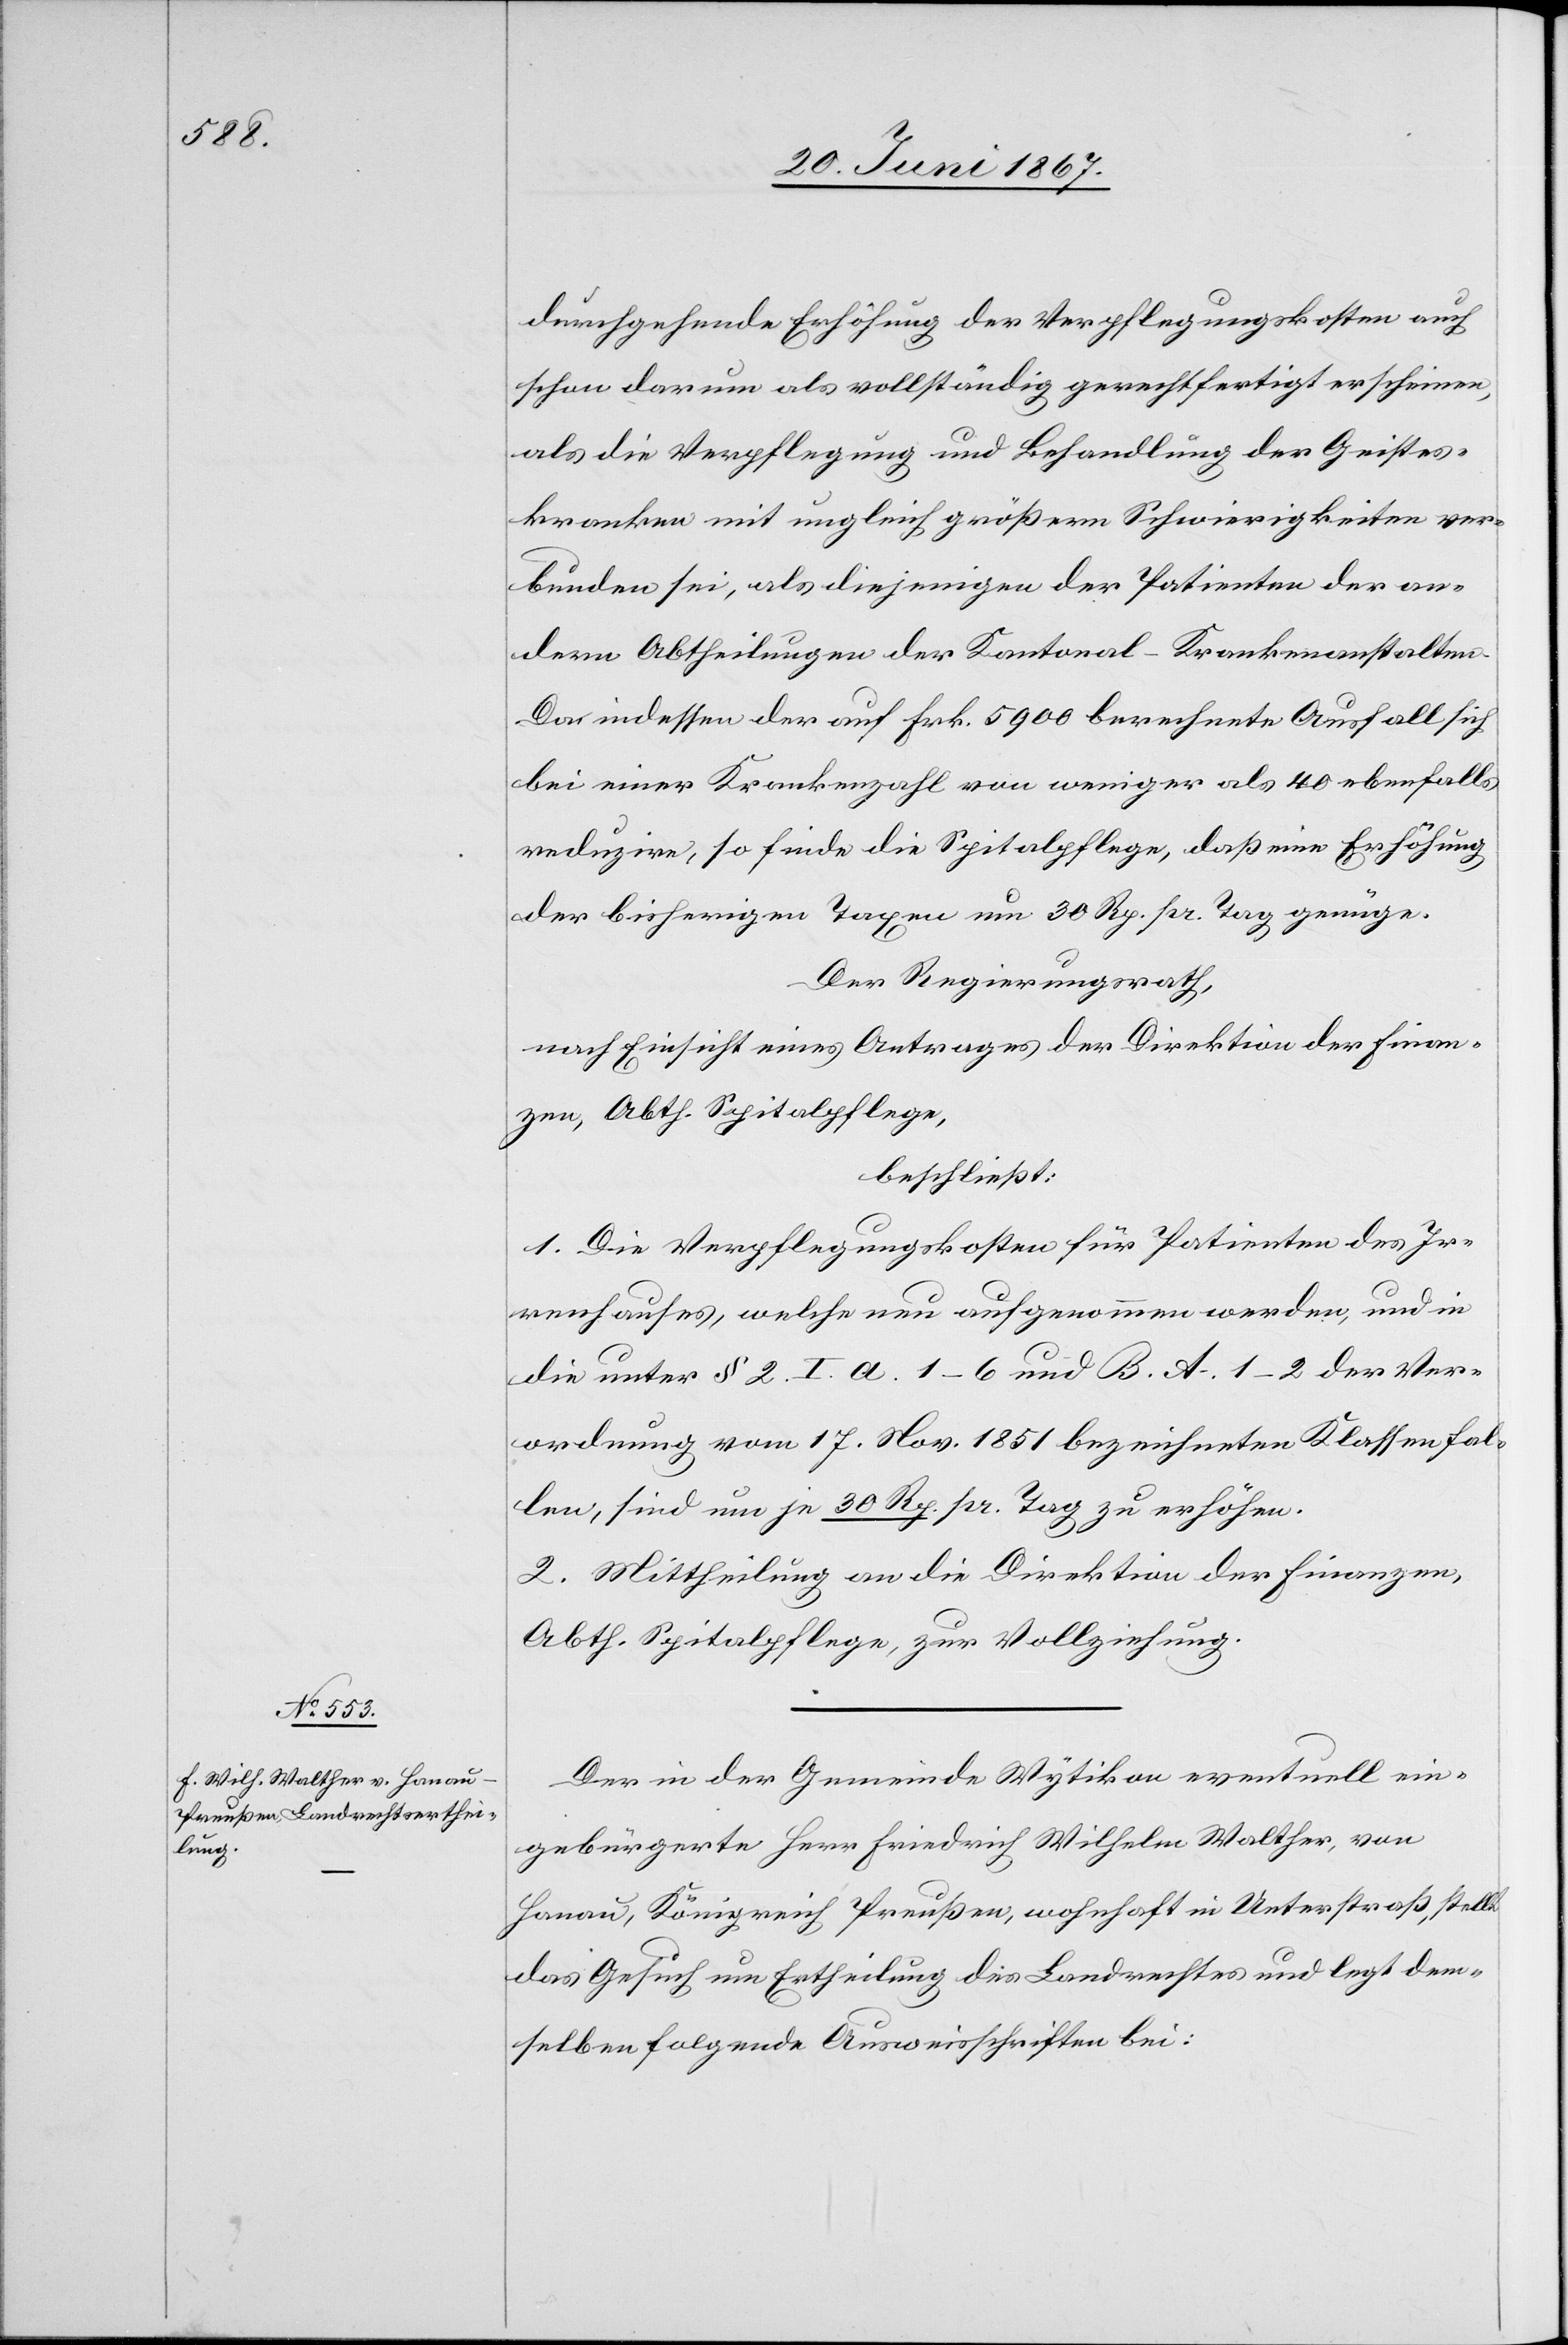
durchgehende Erhöhung der Verpflegungskosten auch
schon darum als vollständig gerechtfertigt erscheinen,
als die Verpflegung und Behandlung der Geistes¬
kranken mit ungleich größern Schwierigkeiten ver¬
bunden sei, als diejenigen der Patienten der an¬
dern Abtheilungen der Kantonal-Krankenanstalten.
Da indessen der auf Frk. 5900 berechnete Ausfall sich
bei einer Krankenzahl von weniger als 40 ebenfalls
reduzire, so finde die Spitalpflege, daß eine Erhöhung
der bisherigen Taxen um 30 Rp. pr. Tag genüge.
Der Regierungsrath,
nach Einsicht eines Antrages der Direktion der Finan¬
zen, Abth, Spitalpflege,
beschließt:
1. Die Verpflegungskosten für Patienten des Ir¬
renhauses, welche neu aufgenommen werden, und in
die unter § 2. I. a. 1–6 und B. A. 1–2 der Ver¬
ordnung vom 17. Nov. 1851 bezeichneten Klassenfal¬
len, sind um je 30 Rp. pr. Tag zu erhöhen.
2. Mittheilung an die Direktion der Finanzen,
Abth. Spitalpflege, zur Vollziehung.
Der in der Gemeinde Wytikon eventuell ein¬
gebürgerte Herr Friedrich Wilhelm Walther, von
Hanau, Königreich Preußen, wohnhaft in Unterstraß, stellt
das Gesuch um Ertheilung des Landrechtes und legt dem¬
selben folgende Ausweisschriften bei: